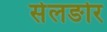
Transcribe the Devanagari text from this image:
सेलङोर